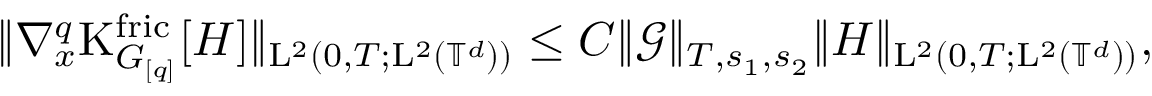
\begin{array} { r } { \Vert \nabla _ { x } ^ { q } \mathrm { K } _ { G _ { [ q ] } } ^ { \mathrm { f r i c } } [ H ] \Vert _ { \mathrm { L } ^ { 2 } ( 0 , T ; \mathrm { L } ^ { 2 } ( \mathbb T ^ { d } ) ) } \leq C \Vert \mathcal { G } \Vert _ { T , s _ { 1 } , s _ { 2 } } \Vert H \Vert _ { \mathrm { L } ^ { 2 } ( 0 , T ; \mathrm { L } ^ { 2 } ( \mathbb T ^ { d } ) ) } , } \end{array}